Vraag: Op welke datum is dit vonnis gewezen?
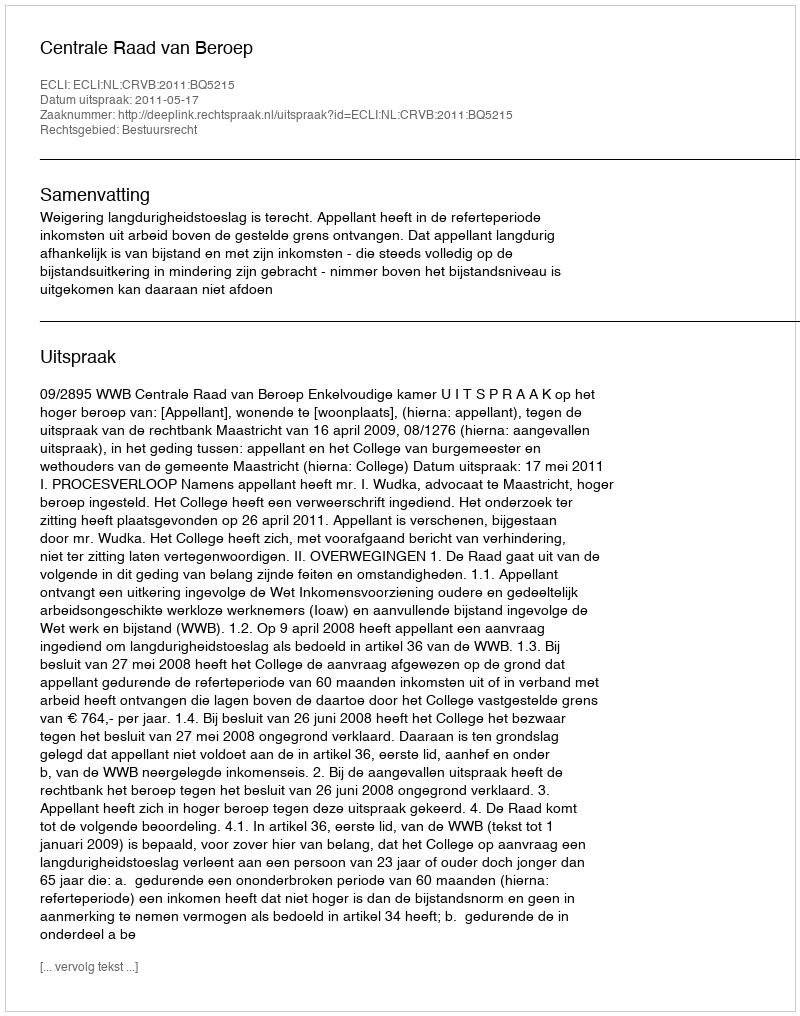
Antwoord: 2011-05-17